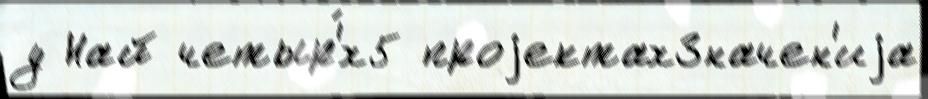
у Най четыр'́х5 проjектахЗначен'иjа